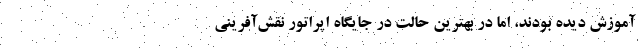
آموزش دیده بودند، اما در بهترین حالت در جایگاه اپراتور نقش‌آفرینی